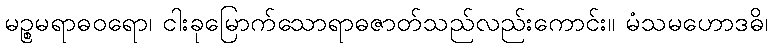
မဉ္စမရာဓဝရော၊ ငါးခုမြောက်သောရာဓဇာတ်သည်လည်းကောင်း။ မံသမဟောဒဓိ၊